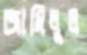
জামিলুল